Annual returns of the Patna Lunatic Asylum at Bankipore in Bihar and Orissa - 1912-1924
Year: 1912
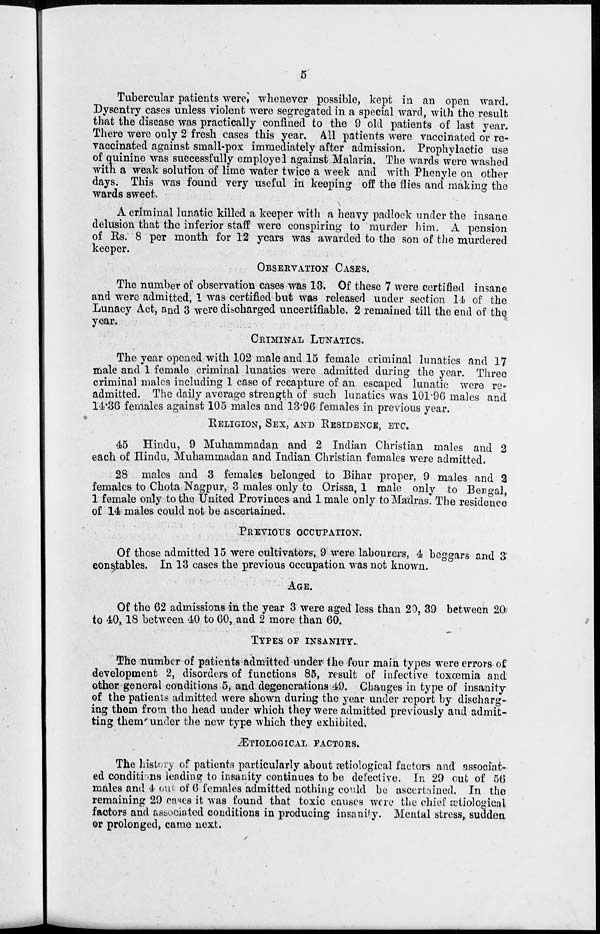
5
Tubercular patients were, whenever possible, kept in an open ward.
Dysentry cases unless violent were segregated in a special ward, with the result
that the disease was practically confined to the 9 old patients of last year.
There were only 2 fresh cases this year. All patients were vaccinated or re-
vaccinated against small-pox immediately after admission. Prophylactic use
of quinine was successfully employed against Malaria. The wards were washed
with a weak solution of lime water twice a week and with Phenyle on other
days. This was found very useful in keeping off the flies and making the
wards sweet.
A criminal lunatic killed a keeper with a heavy padlock under the insane
delusion that the inferior staff were conspiring to murder him. A pension
of Rs. 8 per month for 12 years was awarded to the son of the murdered
keeper.
OBSERVATION CASES.
The number of observation cases was 13. Of these 7 were certified insane
and were admitted, 1 was certified but was released under section 14 of the
Lunacy Act, and 3 were discharged uncertifiable. 2 remained till the end of the
year.
CRIMINAL LUNATICS.
The year opened with 102 male and 15 female criminal lunatics and 17
male and 1 female criminal lunatics were admitted during the year. Three
criminal males including 1 case of recapture of an escaped lunatic were re-
admitted. The daily average strength of such lunatics was 101.96 males and
14.36 females against 105 males and 13.96 females in previous year.
RELIGION, SEX, AND RESIDENCE, ETC.
45 Hindu, 9 Muhammadan and 2 Indian Christian males and 2
each of Hindu, Muhammadan and Indian Christian females were admitted.
28 males and 3 females belonged to Bihar proper, 9 males and 2
females to Chota Nagpur, 3 males only to Orissa, 1 male only to Bengal,
1 female only to the United Provinces and 1 male only to Madras. The residence
of 14 males could not be ascertained.
PREVIOUS OCCUPATION.
Of those admitted 15 were cultivators, 9 were labourers, 4 beggars and 3
constables. In 13 cases the previous occupation was not known.
AGE.
Of the 62 admissions in the year 3 were aged less than 20, 39 between 20
to 40, 18 between 40 to 60, and 2 more than 60.
TYPES OF INSANITY.
The number of patients admitted under the four main types were errors of
development 2, disorders of functions 85, result of infective toxœmia and
other general conditions 5, and degenerations 49. Changes in type of insanity
of the patients admitted were shown during the year under report by discharg-
ing them from the head under which they were admitted previously and admit-
ting them under the new type which they exhibited.
ÆTIOLOGICAL FACTORS.
The history of patients particularly about ætiological factors and associat-
ed conditions leading to insanity continues to be defective. In 29 out of 56
males and 4 our of 6 females admitted nothing could be ascertained. In the
remaining 29 cases it was found that toxic causes were the chief ætiological
factors and associated conditions in producing insanity. Mental stress, sudden
or prolonged, came next.